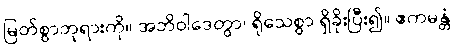
မြတ်စွာဘုရားကို။ အဘိဝါဒေတွာ၊ ရိုသေစွာ ရှိခိုးပြီး၍။ ဧကမန္တံ၊